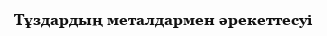
Тұздардың металдармен әрекеттесуі